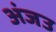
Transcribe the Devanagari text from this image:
अंजउ